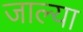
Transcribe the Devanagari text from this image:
जाल्या